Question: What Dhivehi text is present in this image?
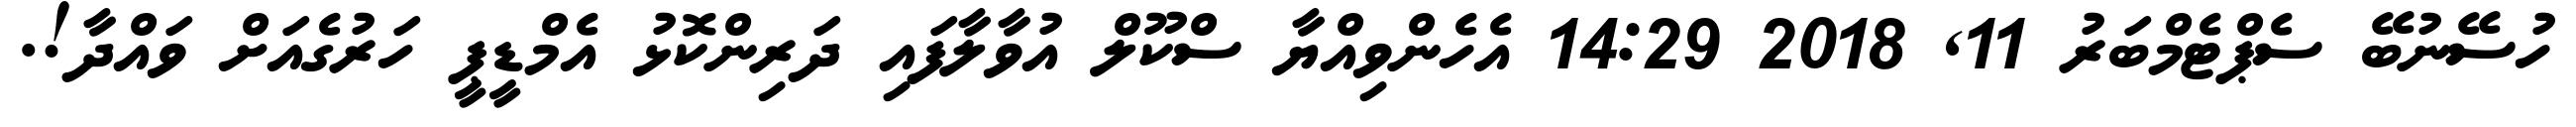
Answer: ހުސޭނުބޭ ސެޕްޓެމްބަރު 11, 2018 14:29 އެހެންވިއްޔާ ސްކޫލް އުވާލާފައި ދަރިންކޮޅު އެމްޑީޕީ ހަރުގެއަށް ވައްދާ!.